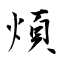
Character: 煩